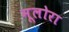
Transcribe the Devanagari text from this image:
मूलोरा